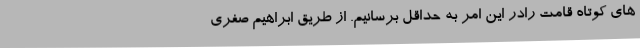
های کوتاه قامت رادر این امر به حداقل برسانیم. از طریق ابراهیم صفری